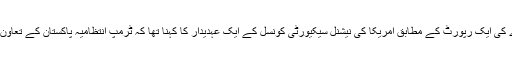
امریکی نشریاتی ادارے کی ایک رپورٹ کے مطابق امریکا کی نیشنل سیکیورٹی کونسل کے ایک عہدیدار کا کہنا تھا کہ ٹرمپ انتظامیہ پاکستان کے تعاون کا جائزہ لے رہی ہے۔